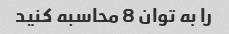
را به توان 8 محاسبه کنید